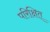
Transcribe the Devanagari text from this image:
परिक्षित्